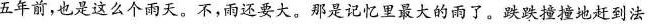
五年前，也是这么个雨天。不，雨还要大。那是记忆里最大的雨了。跌跌撞撞地赶到法